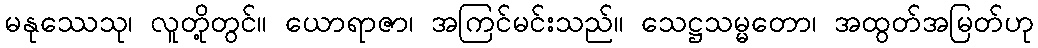
မနုဿေသု၊ လူတို့တွင်။ ယောရာဇာ၊ အကြင်မင်းသည်။ သေဋ္ဌသမ္မတော၊ အထွတ်အမြတ်ဟု